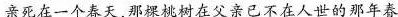
亲死在一个春天，那棵桃树在父亲已不在人世的那年春